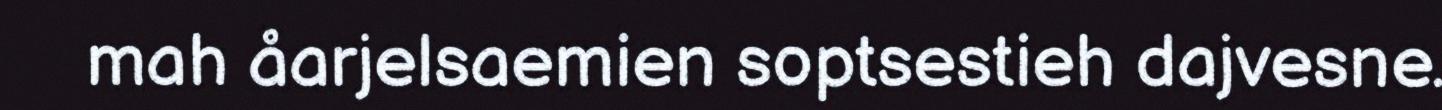
mah åarjelsaemien soptsestieh dajvesne.